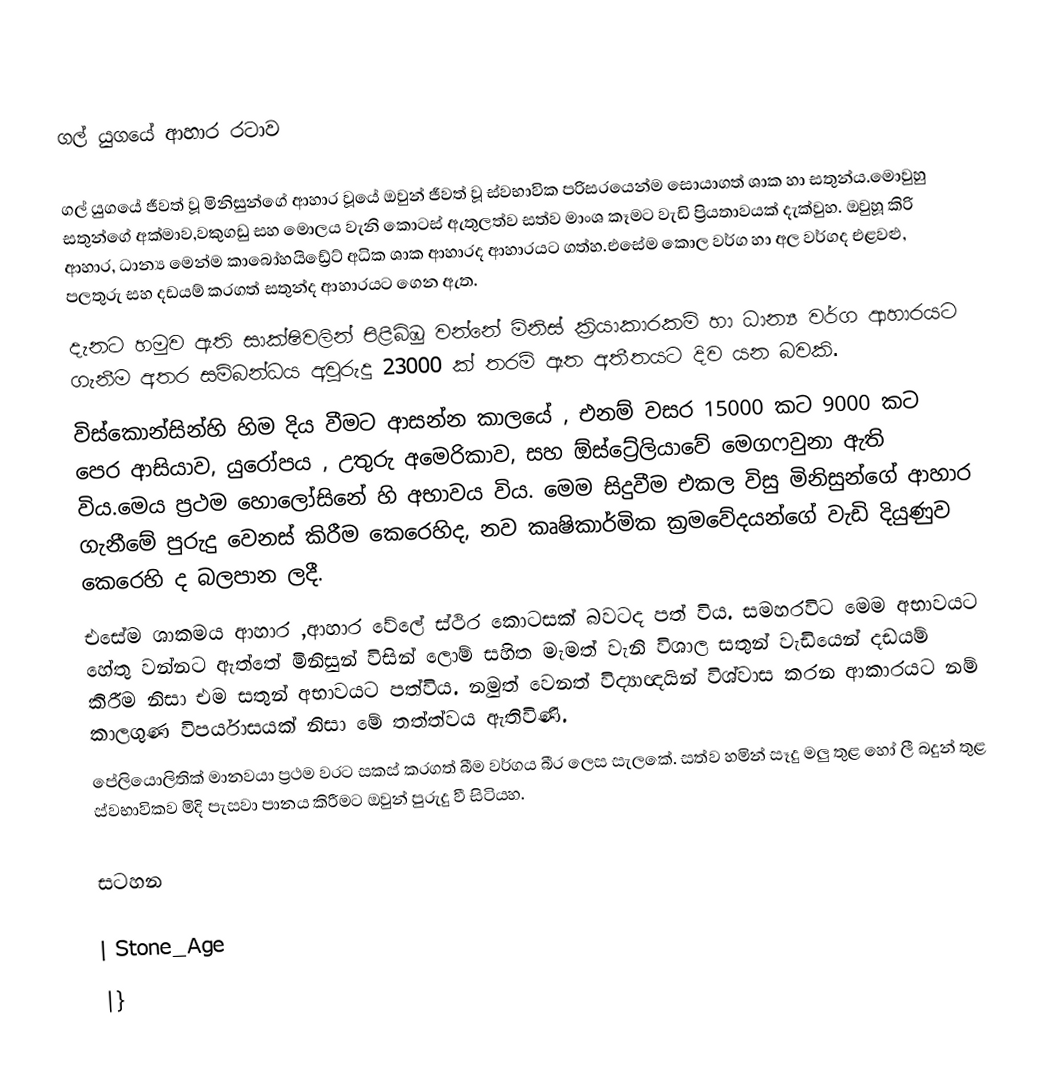

ගල් යුගයේ ආහාර රටාව

ගල් යුගයේ ජීවත් වූ මිනිසුන්ගේ ආහාර වූයේ ඔවුන් ජීවත් වූ ස්වභාවික පරිසරයෙන්ම සොයාගත් ශාක හා සතුන්ය.මොවුහු සතුන්ගේ අක්මාව,වකුගඩු සහ මොලය වැනි කොටස් ඇතුලත්ව සත්ව මාංශ කෑමට වැඩි ප්‍රියතාවයක් දැක්වුහ. ඔවුහූ කිරි ආහාර, ධාන්‍ය මෙන්ම කාබෝහයිඩ්‍රේට් අධික ශාක ආහාරද  ආහාරයට ගත්හ.එසේම කොල වර්ග හා අල වර්ගද එළවළු, පලතුරු සහ දඩයම් කරගත් සතුන්ද ආහාරයට ගෙන ඇත.
දැනට හමුව ඇති සාක්ෂිවලින් පිළිබිඹු වන්නේ මිනිස් ක්‍රියාකාරකම් හා ධාන්‍ය වර්ග ආහාරයට ගැනීම අතර සම්බන්ධය අවුරුදු 23000 ක් තරම් ඈත අතීතයට  දිව යන බවකි.
විස්කොන්සින්හි හිම දිය වීමට ආසන්න කාලයේ , එනම් වසර 15000 කට 9000 කට පෙර ආසියාව, යුරෝපය , උතුරු අමෙරිකාව, සහ  ඕස්ට්‍රේලියාවේ මෙගෆවුනා  ඇති විය.මෙය ප්‍රථම හොලෝසිනේ හි අභාවය විය. මෙම සිදුවීම එකල විසු මිනිසුන්ගේ ආහාර ගැනීමේ පුරුදු වෙනස් කිරීම කෙරෙහිද, නව කෘෂිකාර්මික ක්‍රමවේදයන්ගේ වැඩි දියුණුව කෙරෙහි ද බලපාන ලදී.
එසේම ශාකමය ආහාර ,ආහාර වේලේ ස්ථිර කොටසක් බවටද පත් විය. සමහරවිට මෙම අභාවයට හේතු වන්නට ඇත්තේ මිනිසුන් විසින් ලොම් සහිත මැමත් වැනි විශාල සතුන් වැඩියෙන් දඩයම් කිරීම නිසා එම සතුන් අභාවයට පත්විය. නමුත් වෙනත් විද්‍යාඥයින් විශ්වාස කරන ආකාරයට නම් කාලගුණ විපර්යාසයක් නිසා මේ තත්ත්වය ඇතිවිණි.
පේලියොලිතික් මානවයා ප්‍රථම වරට සකස් කරගත් බීම වර්ගය බීර ලෙස සැලකේ. සත්ව හමින් සෑදු මලු තුළ හෝ ලී බදුන් තුළ ස්වභාවිකව මිදි පැසවා පානය කිරීමට ඔවුන් පුරුදු වී සිටියහ.

සටහන

| Stone_Age
|}